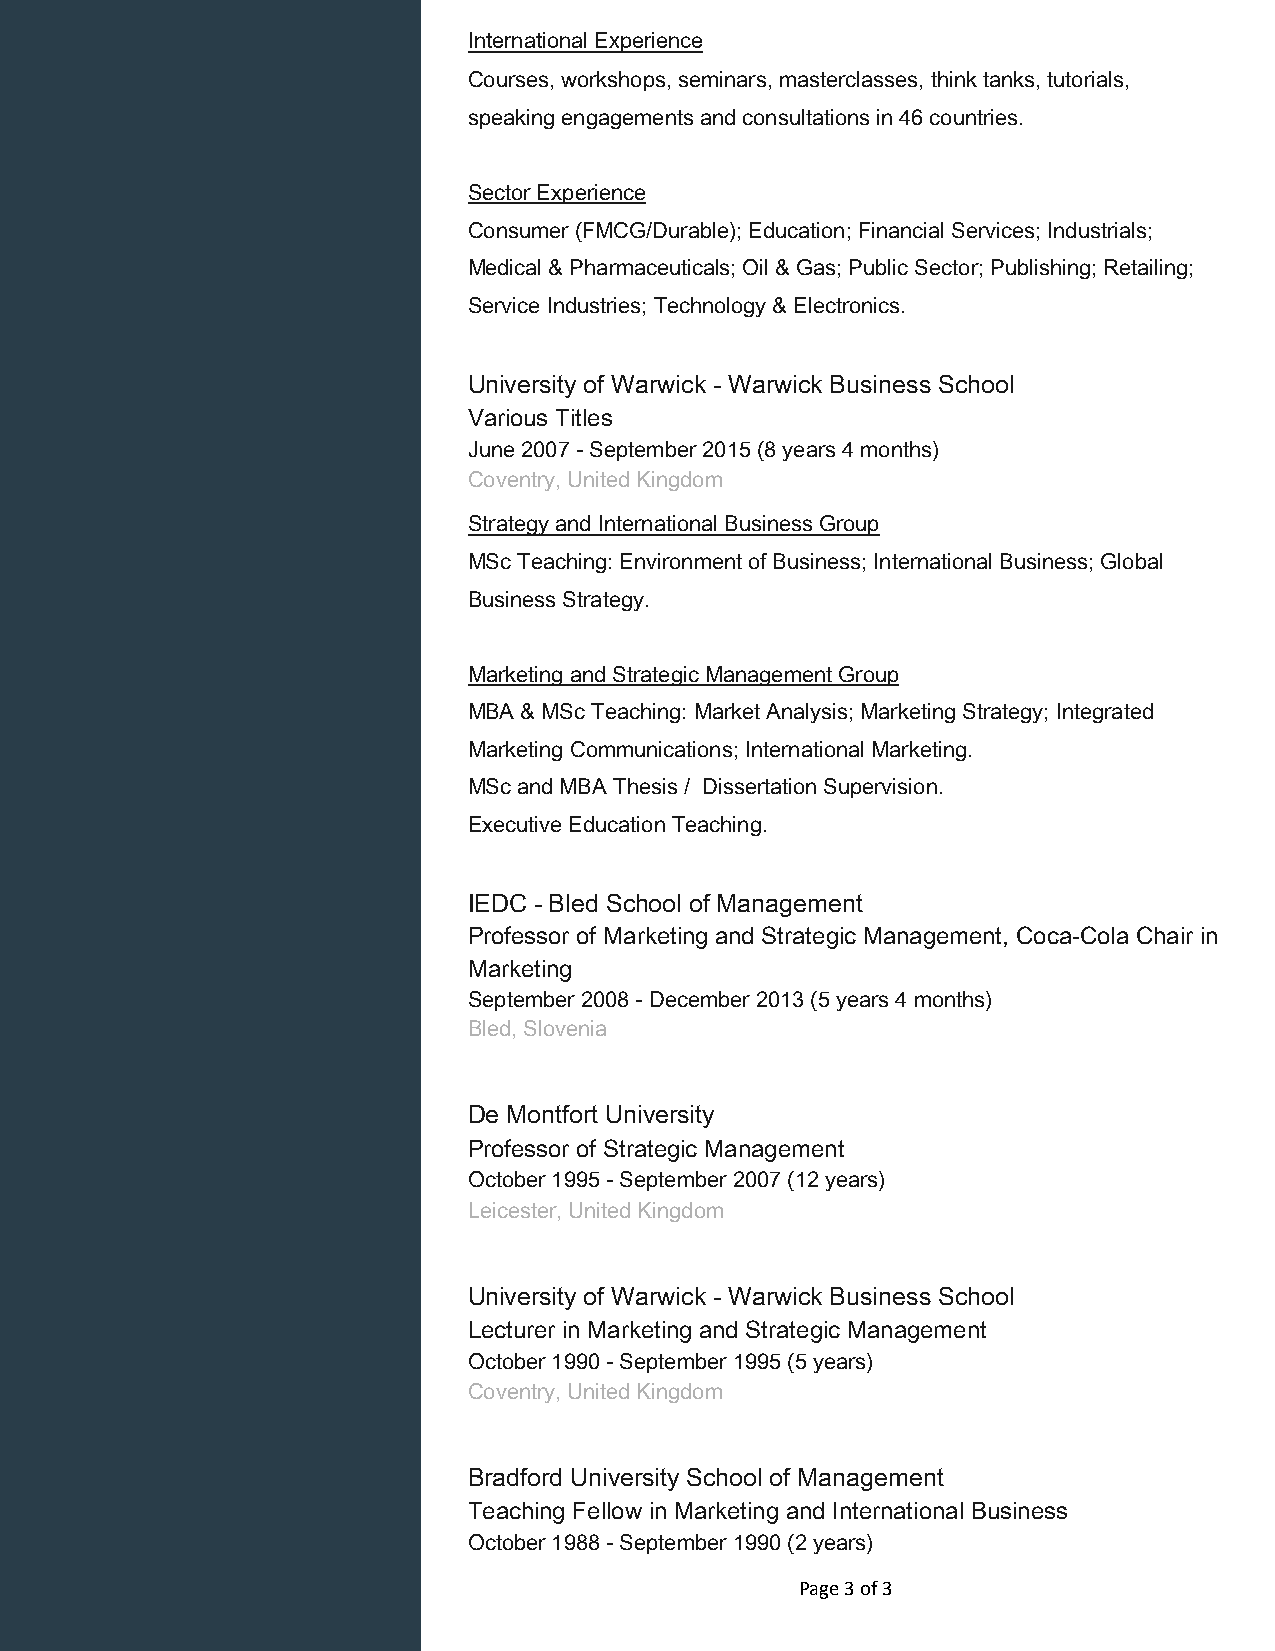
International Experience
 Courses, workshops, seminars, masterclasses, think tanks, tutorials,
 speaking engagements and consultations in 46 countries.
 Sector Experience
 Consumer (FMCG/Durable); Education; Financial Services; Industrials;
 Medical & Pharmaceuticals; Oil & Gas; Public Sector; Publishing; Retailing;
 Service Industries; Technology & Electronics.
 University of Warwick - Warwick Business School
 Various Titles
 June 2007 - September 2015 (8 years 4 months)
 Coventry, United Kingdom
 Strategy and International Business Group
 MSc Teaching: Environment of Business; International Business; Global
 Business Strategy.
 Marketing and Strategic Management Group
 MBA & MSc Teaching: Market Analysis; Marketing Strategy; Integrated
 Marketing Communications; International Marketing.
 MSc and MBA Thesis / Dissertation Supervision.
 Executive Education Teaching.
 IEDC - Bled School of Management
 Professor of Marketing and Strategic Management, Coca-Cola Chair in
 Marketing
 September 2008 - December 2013 (5 years 4 months)
 Bled, Slovenia
 De Montfort University
 Professor of Strategic Management
 October 1995 - September 2007 (12 years)
 Leicester, United Kingdom
 University of Warwick - Warwick Business School
 Lecturer in Marketing and Strategic Management
 October 1990 - September 1995 (5 years)
 Coventry, United Kingdom
 Bradford University School of Management
 Teaching Fellow in Marketing and International Business
 October 1988 - September 1990 (2 years)
 Page 3 of 3